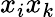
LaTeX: x_{i}x_{k}